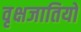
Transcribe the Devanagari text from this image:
वृक्षजातियों